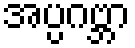
အပ္ပဂဗ္ဘာ